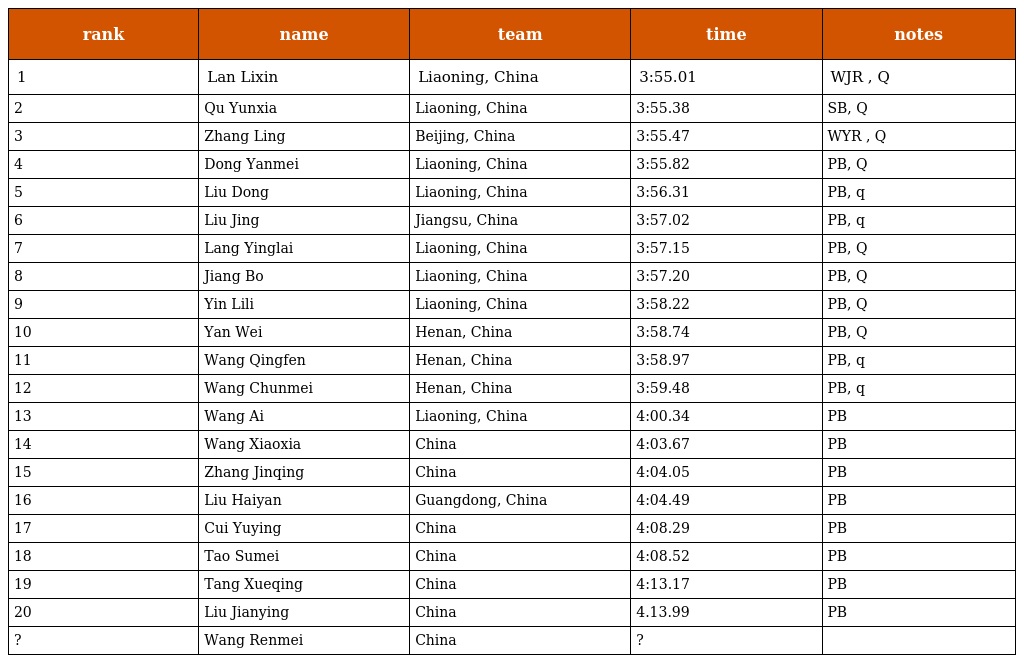
| rank | name | team | time | notes |
 | --- | --- | --- | --- | --- |
 | 1 | Lan Lixin | Liaoning, China | 3:55.01 | WJR , Q |
 | 2 | Qu Yunxia | Liaoning, China | 3:55.38 | SB, Q |
 | 3 | Zhang Ling | Beijing, China | 3:55.47 | WYR , Q |
 | 4 | Dong Yanmei | Liaoning, China | 3:55.82 | PB, Q |
 | 5 | Liu Dong | Liaoning, China | 3:56.31 | PB, q |
 | 6 | Liu Jing | Jiangsu, China | 3:57.02 | PB, q |
 | 7 | Lang Yinglai | Liaoning, China | 3:57.15 | PB, Q |
 | 8 | Jiang Bo | Liaoning, China | 3:57.20 | PB, Q |
 | 9 | Yin Lili | Liaoning, China | 3:58.22 | PB, Q |
 | 10 | Yan Wei | Henan, China | 3:58.74 | PB, Q |
 | 11 | Wang Qingfen | Henan, China | 3:58.97 | PB, q |
 | 12 | Wang Chunmei | Henan, China | 3:59.48 | PB, q |
 | 13 | Wang Ai | Liaoning, China | 4:00.34 | PB |
 | 14 | Wang Xiaoxia | China | 4:03.67 | PB |
 | 15 | Zhang Jinqing | China | 4:04.05 | PB |
 | 16 | Liu Haiyan | Guangdong, China | 4:04.49 | PB |
 | 17 | Cui Yuying | China | 4:08.29 | PB |
 | 18 | Tao Sumei | China | 4:08.52 | PB |
 | 19 | Tang Xueqing | China | 4:13.17 | PB |
 | 20 | Liu Jianying | China | 4.13.99 | PB |
 | ? | Wang Renmei | China | ? |  |